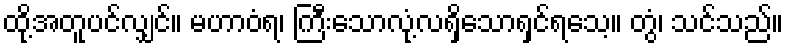
ထို့အတူပင်လျှင်။ မဟာဝံရ၊ ကြီးသောလုံ့လရှိသောရှင်ရသေ့။ တွံ၊ သင်သည်။